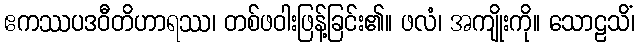
ဧကဿပဒဝီတိဟာရဿ၊ တစ်ဖဝါးဖြန့်ခြင်း၏။ ဖလံ၊ အကျိုးကို။ သောဠသိံ၊